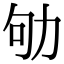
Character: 劬